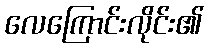
လေကြောင်းလိုင်း၏